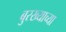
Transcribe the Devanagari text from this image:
बुरख्याच्या